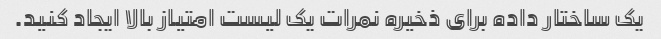
یک ساختار داده برای ذخیره نمرات یک لیست امتیاز بالا ایجاد کنید.